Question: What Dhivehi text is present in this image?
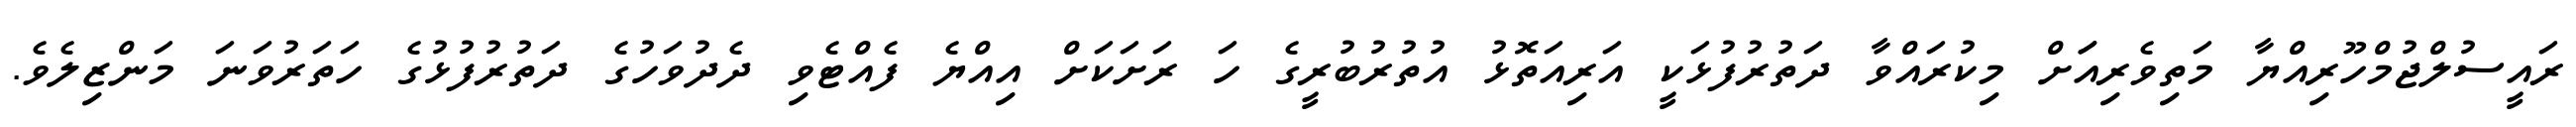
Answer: ރައީސުލްޖުމްހޫރިއްޔާ މަތިވެރިއަަށް މިކުރައްވާ ދަތުރުފުޅަކީ އަރިއަތޮޅު އުތުރުބުރީގެ ހަ ރަށަކަށް އިއްޔެ ފެއްޓެވި ދެދުވަހުގެ ދަތުރުފުޅުގެ ހަތަރުވަނަ މަންޒިލެވެ.